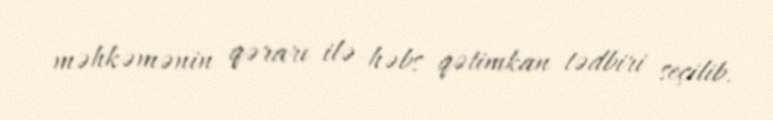
məhkəmənin qərarı ilə həbs qətimkan tədbiri seçilib.